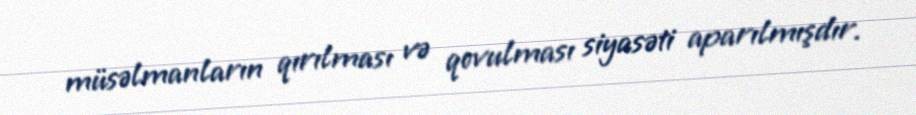
müsəlmanların qırılması və qovulması siyasəti aparılmışdır.